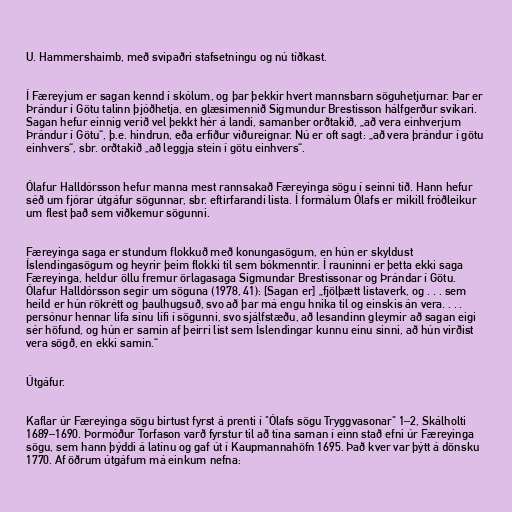
U. Hammershaimb, með svipaðri stafsetningu og nú tíðkast.

Í Færeyjum er sagan kennd í skólum, og þar þekkir hvert mannsbarn söguhetjurnar. Þar er
Þrándur í Götu talinn þjóðhetja, en glæsimennið Sigmundur Brestisson hálfgerður svikari.
Sagan hefur einnig verið vel þekkt hér á landi, samanber orðtakið, „að vera einhverjum
Þrándur í Götu“, þ.e. hindrun, eða erfiður viðureignar. Nú er oft sagt: „að vera þrándur í götu
einhvers“, sbr. orðtakið „að leggja stein í götu einhvers“.

Ólafur Halldórsson hefur manna mest rannsakað Færeyinga sögu í seinni tíð. Hann hefur
séð um fjórar útgáfur sögunnar, sbr. eftirfarandi lista. Í formálum Ólafs er mikill fróðleikur
um flest það sem viðkemur sögunni.

Færeyinga saga er stundum flokkuð með konungasögum, en hún er skyldust
Íslendingasögum og heyrir þeim flokki til sem bókmenntir. Í rauninni er þetta ekki saga
Færeyinga, heldur öllu fremur örlagasaga Sigmundar Brestissonar og Þrándar í Götu.
Ólafur Halldórsson segir um söguna (1978, 41): [Sagan er] „fjölþætt listaverk, og . . . sem
heild er hún rökrétt og þaulhugsuð, svo að þar má engu hnika til og einskis án vera. . . .
persónur hennar lifa sínu lífi í sögunni, svo sjálfstæðu, að lesandinn gleymir að sagan eigi
sér höfund, og hún er samin af þeirri list sem Íslendingar kunnu einu sinni, að hún virðist
vera sögð, en ekki samin.“

Útgáfur.

Kaflar úr Færeyinga sögu birtust fyrst á prenti í "Ólafs sögu Tryggvasonar" 1–2, Skálholti
1689–1690. Þormóður Torfason varð fyrstur til að tína saman í einn stað efni úr Færeyinga
sögu, sem hann þýddi á latínu og gaf út í Kaupmannahöfn 1695. Það kver var þýtt á dönsku
1770. Af öðrum útgáfum má einkum nefna: